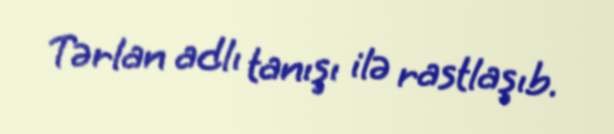
Tərlan adlı tanışı ilə rastlaşıb.